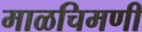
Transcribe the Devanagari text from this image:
माळचिमणी